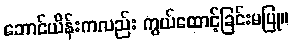
ဘောင်ယိန်းကလည်း ကွယ်ထောင့်ခြင်းမပြု။